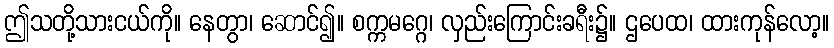
ဤသတို့သားငယ်ကို။ နေတွာ၊ ဆောင်၍။ စက္ကမဂ္ဂေ၊ လှည်းကြောင်းခရီး၌။ ဌပေထ၊ ထားကုန်လော့။